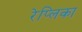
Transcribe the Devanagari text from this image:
रेप्लिका